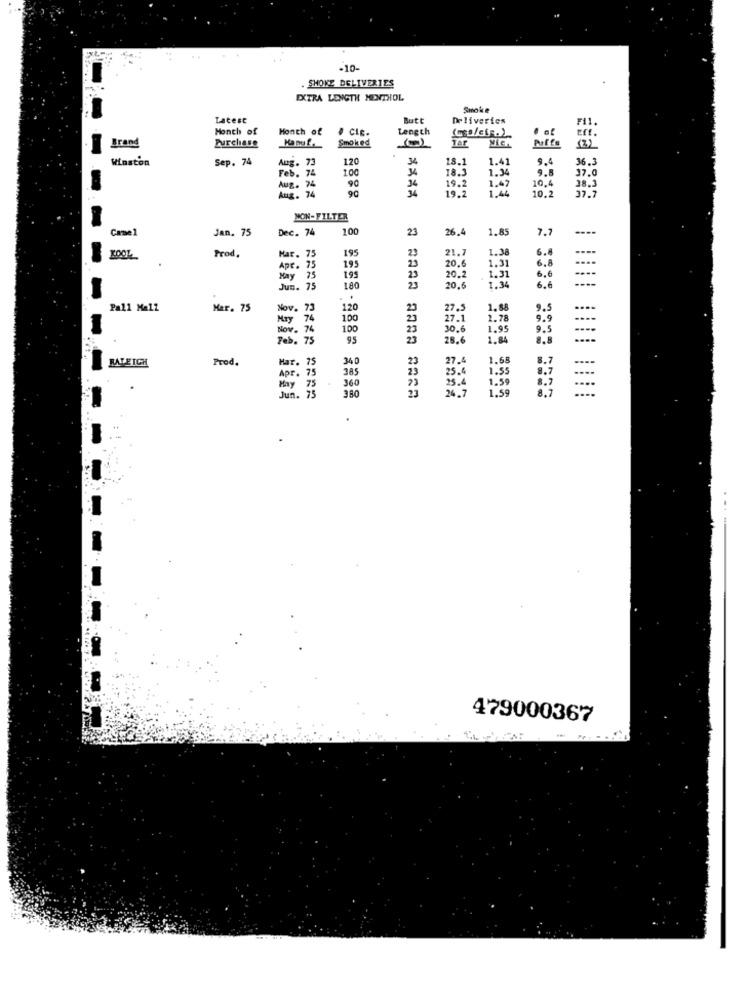
-10-
. SHOKE DELIVERIES
EXTRA LENGTH MENTHOL
Smoke
Latest
Butt
Deliveries
FI1.
Month of
Month of
. CLc.
Length
Brand
Purchase
Manu f.
Smoked
TAR
Mich
Puffs
(2)
Winston
Sep. 74
Aug. 73
120
34
18.1
1.41
9.4
36.3
Feb. 74
. 74
100
14
18.3
1.34
9.5
37.0
90
34
19.2
1,47
10.4
38.3
Aug. 74
Aug. 74
. 74
19.2
1.44
10.2
37.7
NON-FILTER
Camel
Jan. 75
Dec. 74
100
23
26.4
1.85
7.7
Prod.
Har. 75
195
23
21.
1.38
6.4
ZOOL
195
23
1,31
6.8
Apr. 75
20,6
6.6
May
75
195
23
20.
1.31
Jun. 75
180
23
20.6
1.34
6.6
Pall Mall
Mar. 75
Nov. 73
120
23
27.5
1.88
9.5
May
74
100
23
27.1
1.78
9.9
----
Nov. 74
100
23
30.6
1.95
9.5
----
Feb. 75
95
23
28.6
1.84
8.8
....
RATEICH
Prod.
Har. 75
340
23
27.4
1.68
8.7
385
23
25.4
1.55
8.7
. 75
25.4
1.59
....
May 75
360
380
24.7
1.59
8.7
....
Jun. 7
479000367